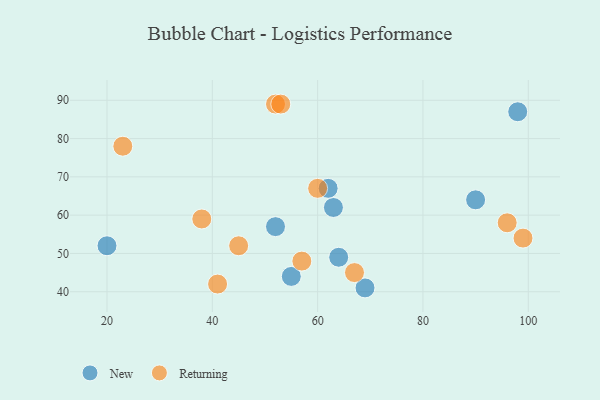
{"axis": {"x": "GDP", "y": "Life Expectancy"}, "legend": ["New", "Returning"], "data": [{"x": "20", "y": 52, "type": "New"}, {"x": "98", "y": 87, "type": "New"}, {"x": "90", "y": 64, "type": "New"}, {"x": "52", "y": 57, "type": "New"}, {"x": "63", "y": 62, "type": "New"}, {"x": "69", "y": 41, "type": "New"}, {"x": "62", "y": 67, "type": "New"}, {"x": "55", "y": 44, "type": "New"}, {"x": "64", "y": 49, "type": "New"}, {"x": "60", "y": 67, "type": "Returning"}, {"x": "52", "y": 89, "type": "Returning"}, {"x": "57", "y": 48, "type": "Returning"}, {"x": "67", "y": 45, "type": "Returning"}, {"x": "23", "y": 78, "type": "Returning"}, {"x": "53", "y": 89, "type": "Returning"}, {"x": "45", "y": 52, "type": "Returning"}, {"x": "99", "y": 54, "type": "Returning"}, {"x": "41", "y": 42, "type": "Returning"}, {"x": "96", "y": 58, "type": "Returning"}, {"x": "38", "y": 59, "type": "Returning"}]}